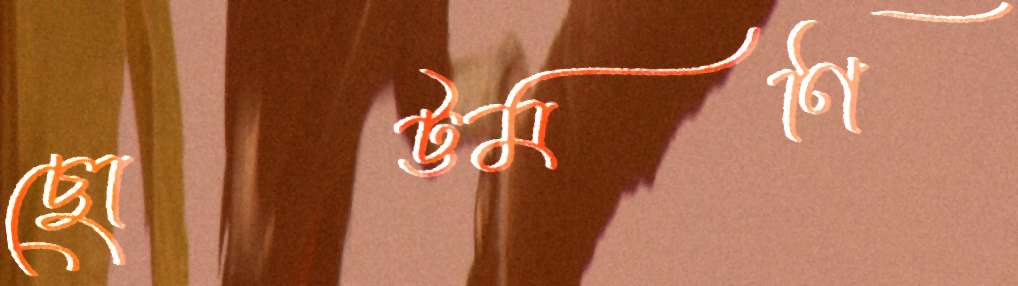
ছোট্টমণি